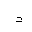
Letter: _ta